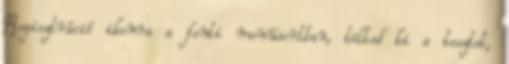
Regisztráció ikonra a fenti menüsortban, töltsd ki a tesztet,